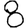
Digit: 8